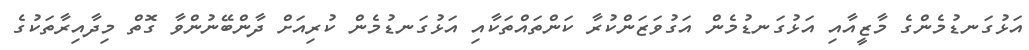
އަޅުގަނޑުމެންގެ މާޒީއާއި އަޅުގަނޑުމެން އަގުވަޒަންކުރާ ކަންތައްތަކާއި އަޅުގަނޑުމެން ކުރިއަށް ދާންބޭނުންވާ ގޮތް މިދާއިރާތަކުގެ